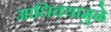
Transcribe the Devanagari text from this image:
आधिक्यामुळे